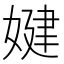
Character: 𡞹